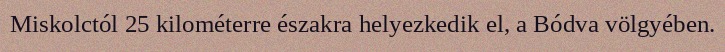
Miskolctól 25 kilométerre északra helyezkedik el, a Bódva völgyében.